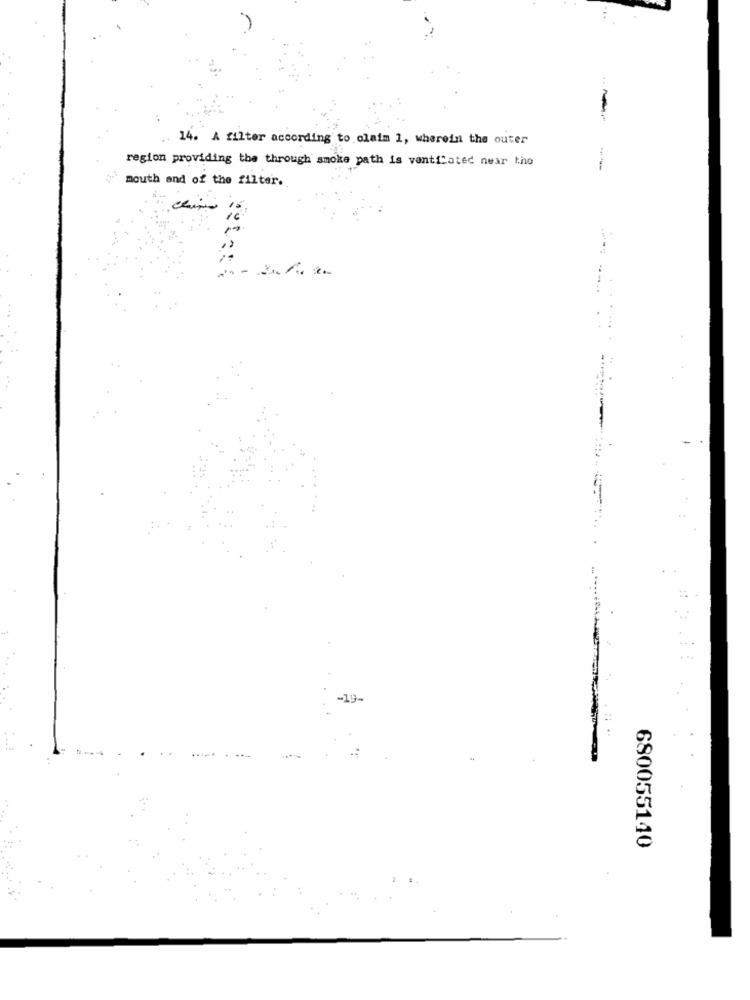
14. A filter according to claim 1, wherein the outer
region providing the through smoke path is ventilated near the
mouth and of the filter.
680055140